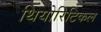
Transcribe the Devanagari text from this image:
थियोरिटिकल